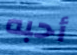
أحبه